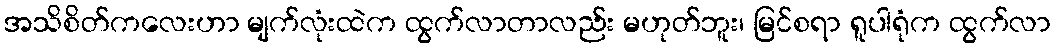
အသိစိတ်ကလေးဟာ မျက်လုံးထဲက ထွက်လာတာလည်း မဟုတ်ဘူး၊ မြင်စရာ ရူပါရုံက ထွက်လာ